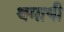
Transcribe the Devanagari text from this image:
थमायी